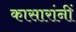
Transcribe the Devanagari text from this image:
कासारांनीं